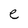
Character: e